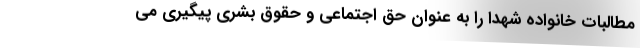
مطالبات خانواده شهدا را به عنوان حق اجتماعی و حقوق بشری پیگیری می